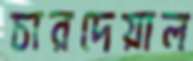
চারদেয়াল